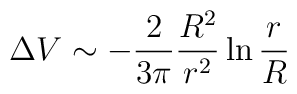
\Delta V \sim -\frac{2}{3\pi} \frac{R^2}{r^2} \ln \frac{r}{R}